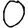
Digit: 0